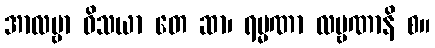
အာလမ္ဗာ ဝိသယာ တေ ဆာ၊ ရမ္မဏာ လမ္ဗဏာနိ စ။